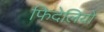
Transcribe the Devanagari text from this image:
फिदेलियो